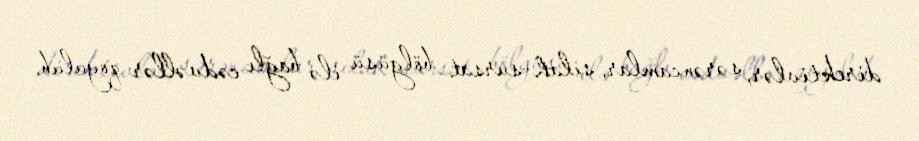
direktivlər, sərəncamlar, silah-sursat bölgüsü ilə bağlı cədvəllər qoyulub.